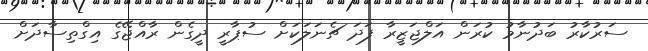
ސަރުކާރު ބަދުނާމު ކުރަން އަލްޖަޒީރާ ފަދަ ޗެނަލަކަށް ސުޕާރީ ދީގެން ރާއްޖޭގެ އިގްތިސާދަށް